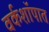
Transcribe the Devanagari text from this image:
वर्कशॉपात